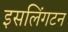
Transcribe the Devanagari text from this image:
इसलिंगटन